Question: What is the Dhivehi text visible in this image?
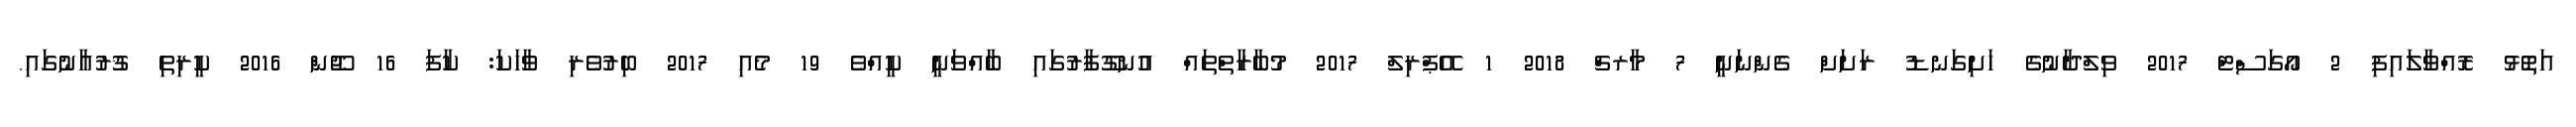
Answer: އަތޮޅު ރޮއްވާލައިފި 2 އޯގަސްޓް 2017 ވިލްދާނުގެ ހަށިގަނޑު ރަށަށް ގެންނަނީ 7 މާރޗް 2018 1 އޭޕްރިލް 2017 މުބާރާތްތައް އުނގޫފާރުގައި ބާއްވަނީ ކީއްވެ 19 މެއި 2017 ބިރުވެރި ވާހަކަ: ކާފަ 16 ޖޫން 2016 ކީރިތި ޤުރުއާނުގައި.